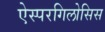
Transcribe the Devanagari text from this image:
ऐस्परगिलोसिस